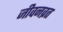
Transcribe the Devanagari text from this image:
जीवनव्रत